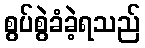
စွပ်စွဲခံခဲ့ရသည်